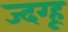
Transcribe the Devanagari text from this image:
ज्दग्हू